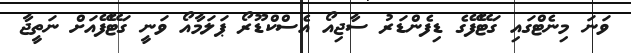
ވަނަ މިނެޓްގައި ގަޓޭފޭގެ ޑިފެންޑަރު ސާޖިއޯ އެސްކްޑޫރޯ ޕަލަމާއޯ ވަނީ ގަޓޭފޭއަށް ނަތީޖާ